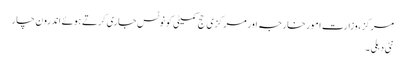
مرکز ، وزارت امور خارجہ اور مرکزی حج کمیٹی کو نوٹس جاری کرتے ہوئے اندرون چار
نئی دہلی ۔